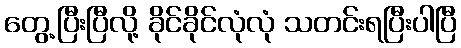
တွေ့ပြီးပြီလို့ ခိုင်ခိုင်လုံလုံ သတင်းရပြီးပါပြီ